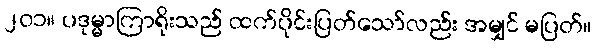
၂၀၁။ ပဒုမ္မာကြာရိုးသည် ထက်ပိုင်းပြတ်သော်လည်း အမျှင် မပြတ်။